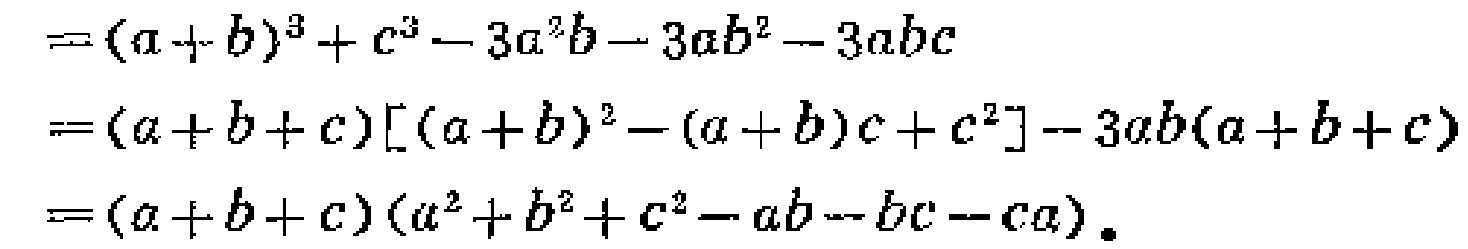
\[

\begin{align*}

&=(a + b)^{3}+c^{3}-3a^{2}b - 3ab^{2}-3abc\\

&=(a + b + c)[(a + b)^{2}-(a + b)c + c^{2}]-3ab(a + b + c)\\

&=(a + b + c)(a^{2}+b^{2}+c^{2}-ab - bc - ca).

\end{align*}

\]